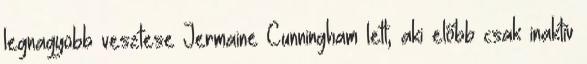
legnagyobb vesztese Jermaine Cunningham lett, aki előbb csak inaktív